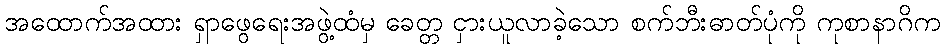
အထောက်အထား ရှာဖွေရေးအဖွဲ့ထံမှ ခေတ္တ ငှားယူလာခဲ့သော စက်ဘီးဓာတ်ပုံကို ကုစာနာဂိက